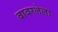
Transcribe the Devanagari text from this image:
वावरलेला